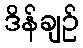
ဒိန်ချဉ်